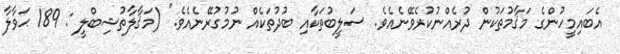
އެބައިމީހުންގެ މަޤާމުތަކުން ދުރެއްނުކުރެވޭނެއެވެ. ސަލީބުތަކާއި ބުދުތަކެއް ނުމުގުރޭނެއެވެ." (މަޤާލާތުޝިބްލީ : 189 ޙަވާލާ